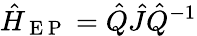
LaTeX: \hat{H}_{\mathrm{~E~P~}}=\hat{Q}\hat{J}\hat{Q}^{-1}